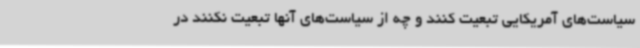
سیاست‌های آمریکایی تبعیت کنند و چه از سیاست‌های آنها تبعیت نکنند در